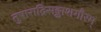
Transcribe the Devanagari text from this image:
तुषाराद्रिसङ्काशगौरम्